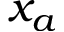
x _ { a }